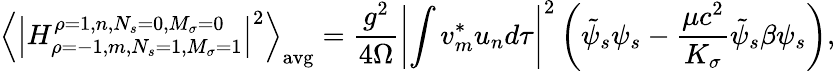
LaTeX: \left\langle\left|H_{\rho=-1,m,N_{s}=1,M_{\sigma}=1}^{\rho=1,n,N_{s}=0,M_{\sigma}=0}\right|^{2}\right\rangle_{\mathrm{avg}}={\frac{g^{2}}{4\Omega}}\left|\int v_{m}^{*}u_{n}d\tau\right|^{2}\left({\tilde{\psi}}_{s}\psi_{s}-{\frac{\mu c^{2}}{K_{\sigma}}}{\tilde{\psi}}_{s}\beta\psi_{s}\right),